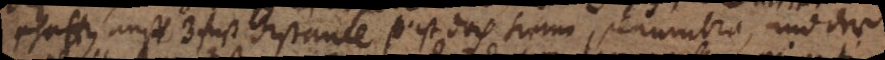
schatten auff 3 fuß distance so ist doch keine penumbra, und der